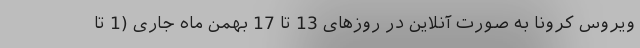
ویروس کرونا به صورت آنلاین در روزهای 13 تا 17 بهمن ماه جاری (1 تا